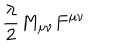
{ \frac { \lambda } { 2 } } M _ { \mu \nu } F ^ { \mu \nu }